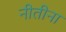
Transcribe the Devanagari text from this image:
नीतीना